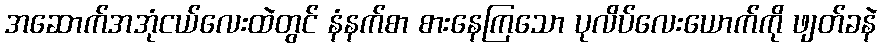
အဆောက်အအုံငယ်လေးထဲတွင် နံနက်စာ စားနေကြသော ပုလိပ်လေးယောက်ကို ဖျတ်ခနဲ